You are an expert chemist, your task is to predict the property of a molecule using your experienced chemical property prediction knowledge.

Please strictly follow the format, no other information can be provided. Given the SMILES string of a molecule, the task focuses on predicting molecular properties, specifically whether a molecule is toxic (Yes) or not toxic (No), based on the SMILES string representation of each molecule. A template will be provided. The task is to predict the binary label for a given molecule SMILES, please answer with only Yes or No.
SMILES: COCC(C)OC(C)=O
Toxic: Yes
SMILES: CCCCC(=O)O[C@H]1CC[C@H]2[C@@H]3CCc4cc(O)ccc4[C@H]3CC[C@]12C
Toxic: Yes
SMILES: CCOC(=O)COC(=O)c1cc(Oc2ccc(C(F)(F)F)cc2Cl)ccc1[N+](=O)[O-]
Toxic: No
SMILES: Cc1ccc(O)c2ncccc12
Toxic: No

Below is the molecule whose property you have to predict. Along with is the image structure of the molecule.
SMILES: C1CCCCC1
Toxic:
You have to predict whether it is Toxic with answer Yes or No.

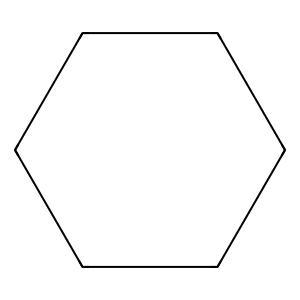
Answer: No